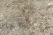
منتظمة